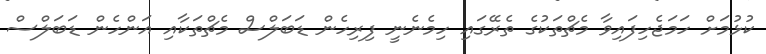
ކުޅުމަށް ހަމަޖެހިފައިވާ މެޗްތަކުގެ ތެރޭގައި ހިމެނެނީ ފިރިހެން ޑަބަލްސް މެޗްތަކާއި އަންހެން ޑަބަލްސް